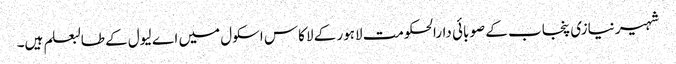
شہیر نیازی پنجاب کے صوبائی دارالحکومت لاہور کے لاکاس اسکول میں اے لیول کے طالبعلم ہیں۔